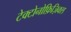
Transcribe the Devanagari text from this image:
टेक्टोनोफ़िज़िक्स